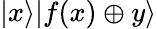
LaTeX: |x\rangle|f(x)\oplus y\rangle